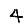
Digit: 4